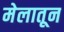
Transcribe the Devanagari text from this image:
मेलातून